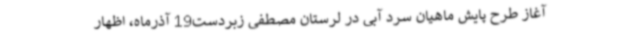
آغاز طرح پایش ماهیان سرد آبی در لرستان مصطفی زبردست19 آذرماه، اظهار